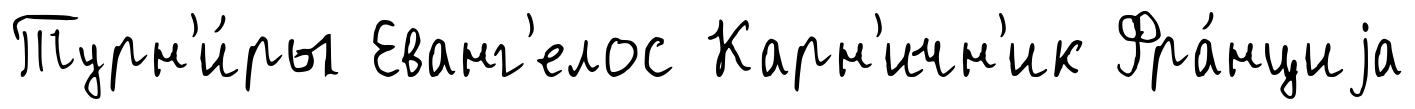
Турн'и́ры Еванг'елос Карн'ичн'ик Фра́нциjа